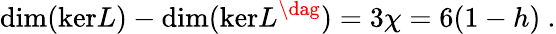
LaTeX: \mathrm{dim(ker}L)-\mathrm{dim(ker}L^{\dag})=3\chi=6(1-h)\ .